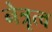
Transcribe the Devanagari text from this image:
नेत्रृत्व